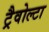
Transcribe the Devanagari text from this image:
ट्रैवोल्टा